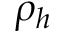
\rho _ { h }